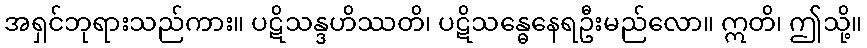
အရှင်ဘုရားသည်ကား။ ပဋိသန္ဒဟိဿတိ၊ ပဋိသန္ဓေနေရဦးမည်လော။ ဣတိ၊ ဤသို့။